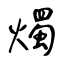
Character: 燭